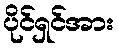
ပိုင်ရှင်အား